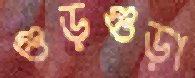
গুড়গুড়া